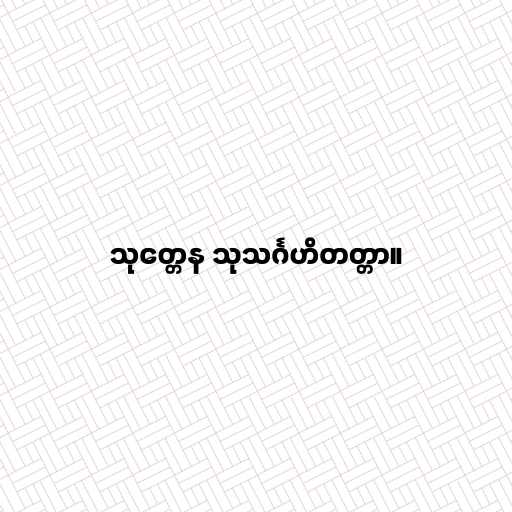
သုတ္တေန သုသင်္ဂဟိတတ္တာ။